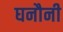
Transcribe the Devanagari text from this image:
घनौनी